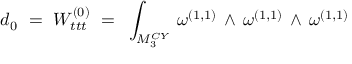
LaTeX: d _ { 0 } ~ = ~ W _ { t t t } ^ { ( 0 ) } ~ = ~ \int _ { { M } _ { 3 } ^ { C Y } } \, \omega ^ { ( 1 , 1 ) } \, \wedge \, \omega ^ { ( 1 , 1 ) } \, \wedge \, \omega ^ { ( 1 , 1 ) }